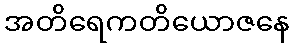
အတိရေကတိယောဇနေ